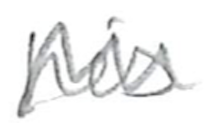
Text: his
Cross-out: zig-zag
Writing tool: pencil